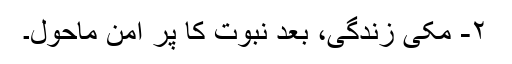
۲- مکی زندگی، بعد نبوت کا پر امن ماحول۔